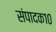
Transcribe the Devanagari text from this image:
संपादक१०